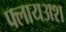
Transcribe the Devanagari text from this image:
फ्लायअश